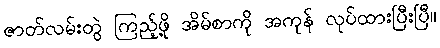
ဇာတ်လမ်းတွဲ ကြည့်ဖို့ အိမ်စာကို အကုန် လုပ်ထားပြီးပြီ။